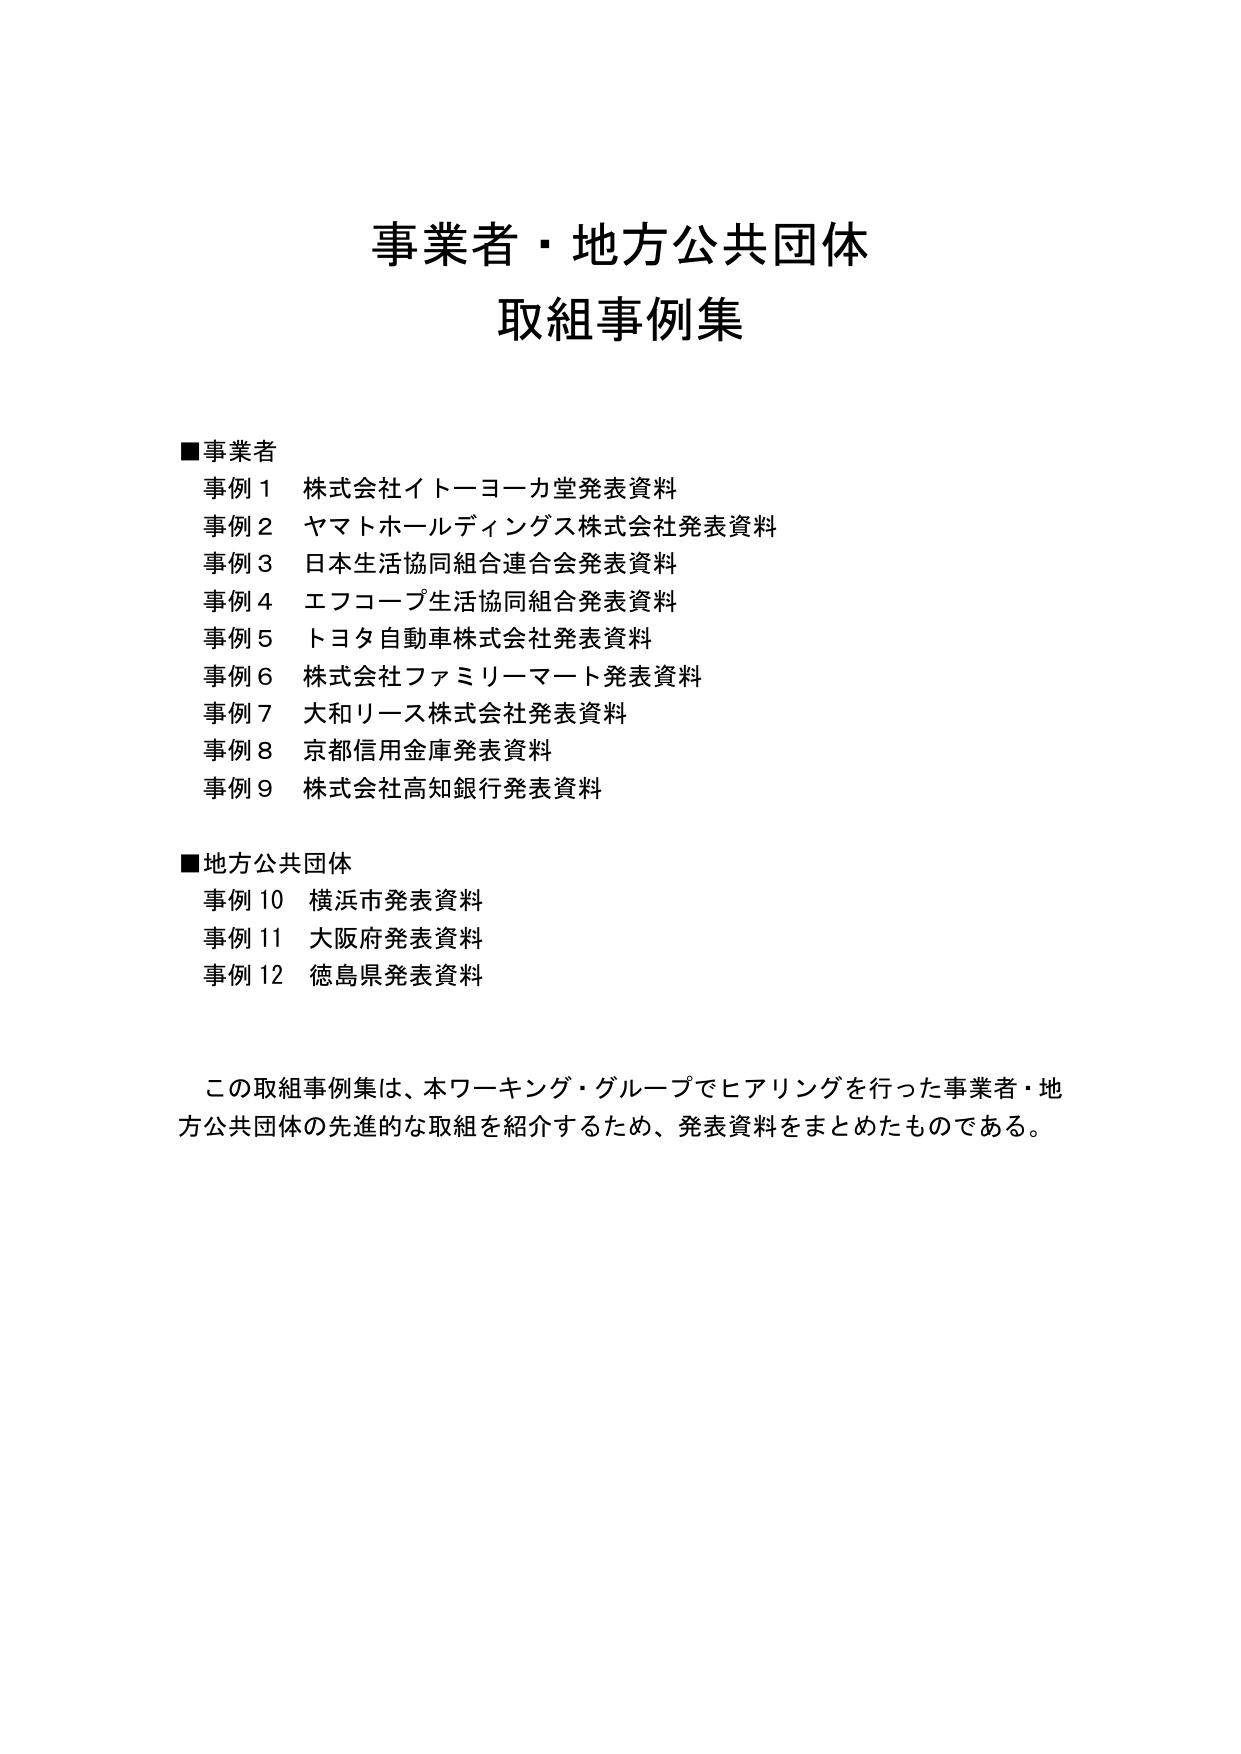
事業者・地方公共団体
取組事例集

■事業者
事例1 株式会社イトーヨーカ堂発表資料
事例2 ヤマトホールディングス株式会社発表資料
事例3 日本生活協同組合連合会発表資料
事例4 エフコープ生活協同組合発表資料
事例5 トヨタ自動車株式会社発表資料
事例6 株式会社ファミリーマート発表資料
事例7 大和リース株式会社発表資料
事例8 京都信用金庫発表資料
事例9 株式会社高知銀行発表資料

■地方公共団体
事例10 横浜市発表資料
事例11 大阪府発表資料
事例12 徳島県発表資料

この取組事例集は、本ワーキング・グループでヒアリングを行った事業者・地方公共団体の先進的な取組を紹介するため、発表資料をまとめたものである。